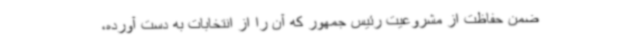
ضمن حفاظت از مشروعیت رئیس جمهور که آن را از انتخابات به دست آورده،